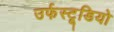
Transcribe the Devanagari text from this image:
उर्फस्टूडियो